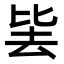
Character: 𭆛